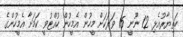
ހަތިޔާރުއެޅި 12 ނޫނީ 15 ވަރަކަށް މީހުން އެމީހުން ހުއްޓުވީ ކަމަށާ އެމީހުންގެ